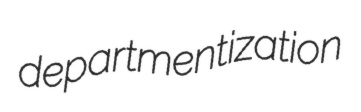
departmentization